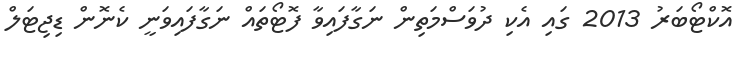
އޮކްޓޯބަރު 2013 ގައި އެކި ދުވަސްމަތިން ނަގާފައިވާ ފޮޓޯތައް ނަގާފައިވަނީ ކެނޮން ޑިޖިޓަލް